Jaan_Tonisson_(Lasteleht), lk 85
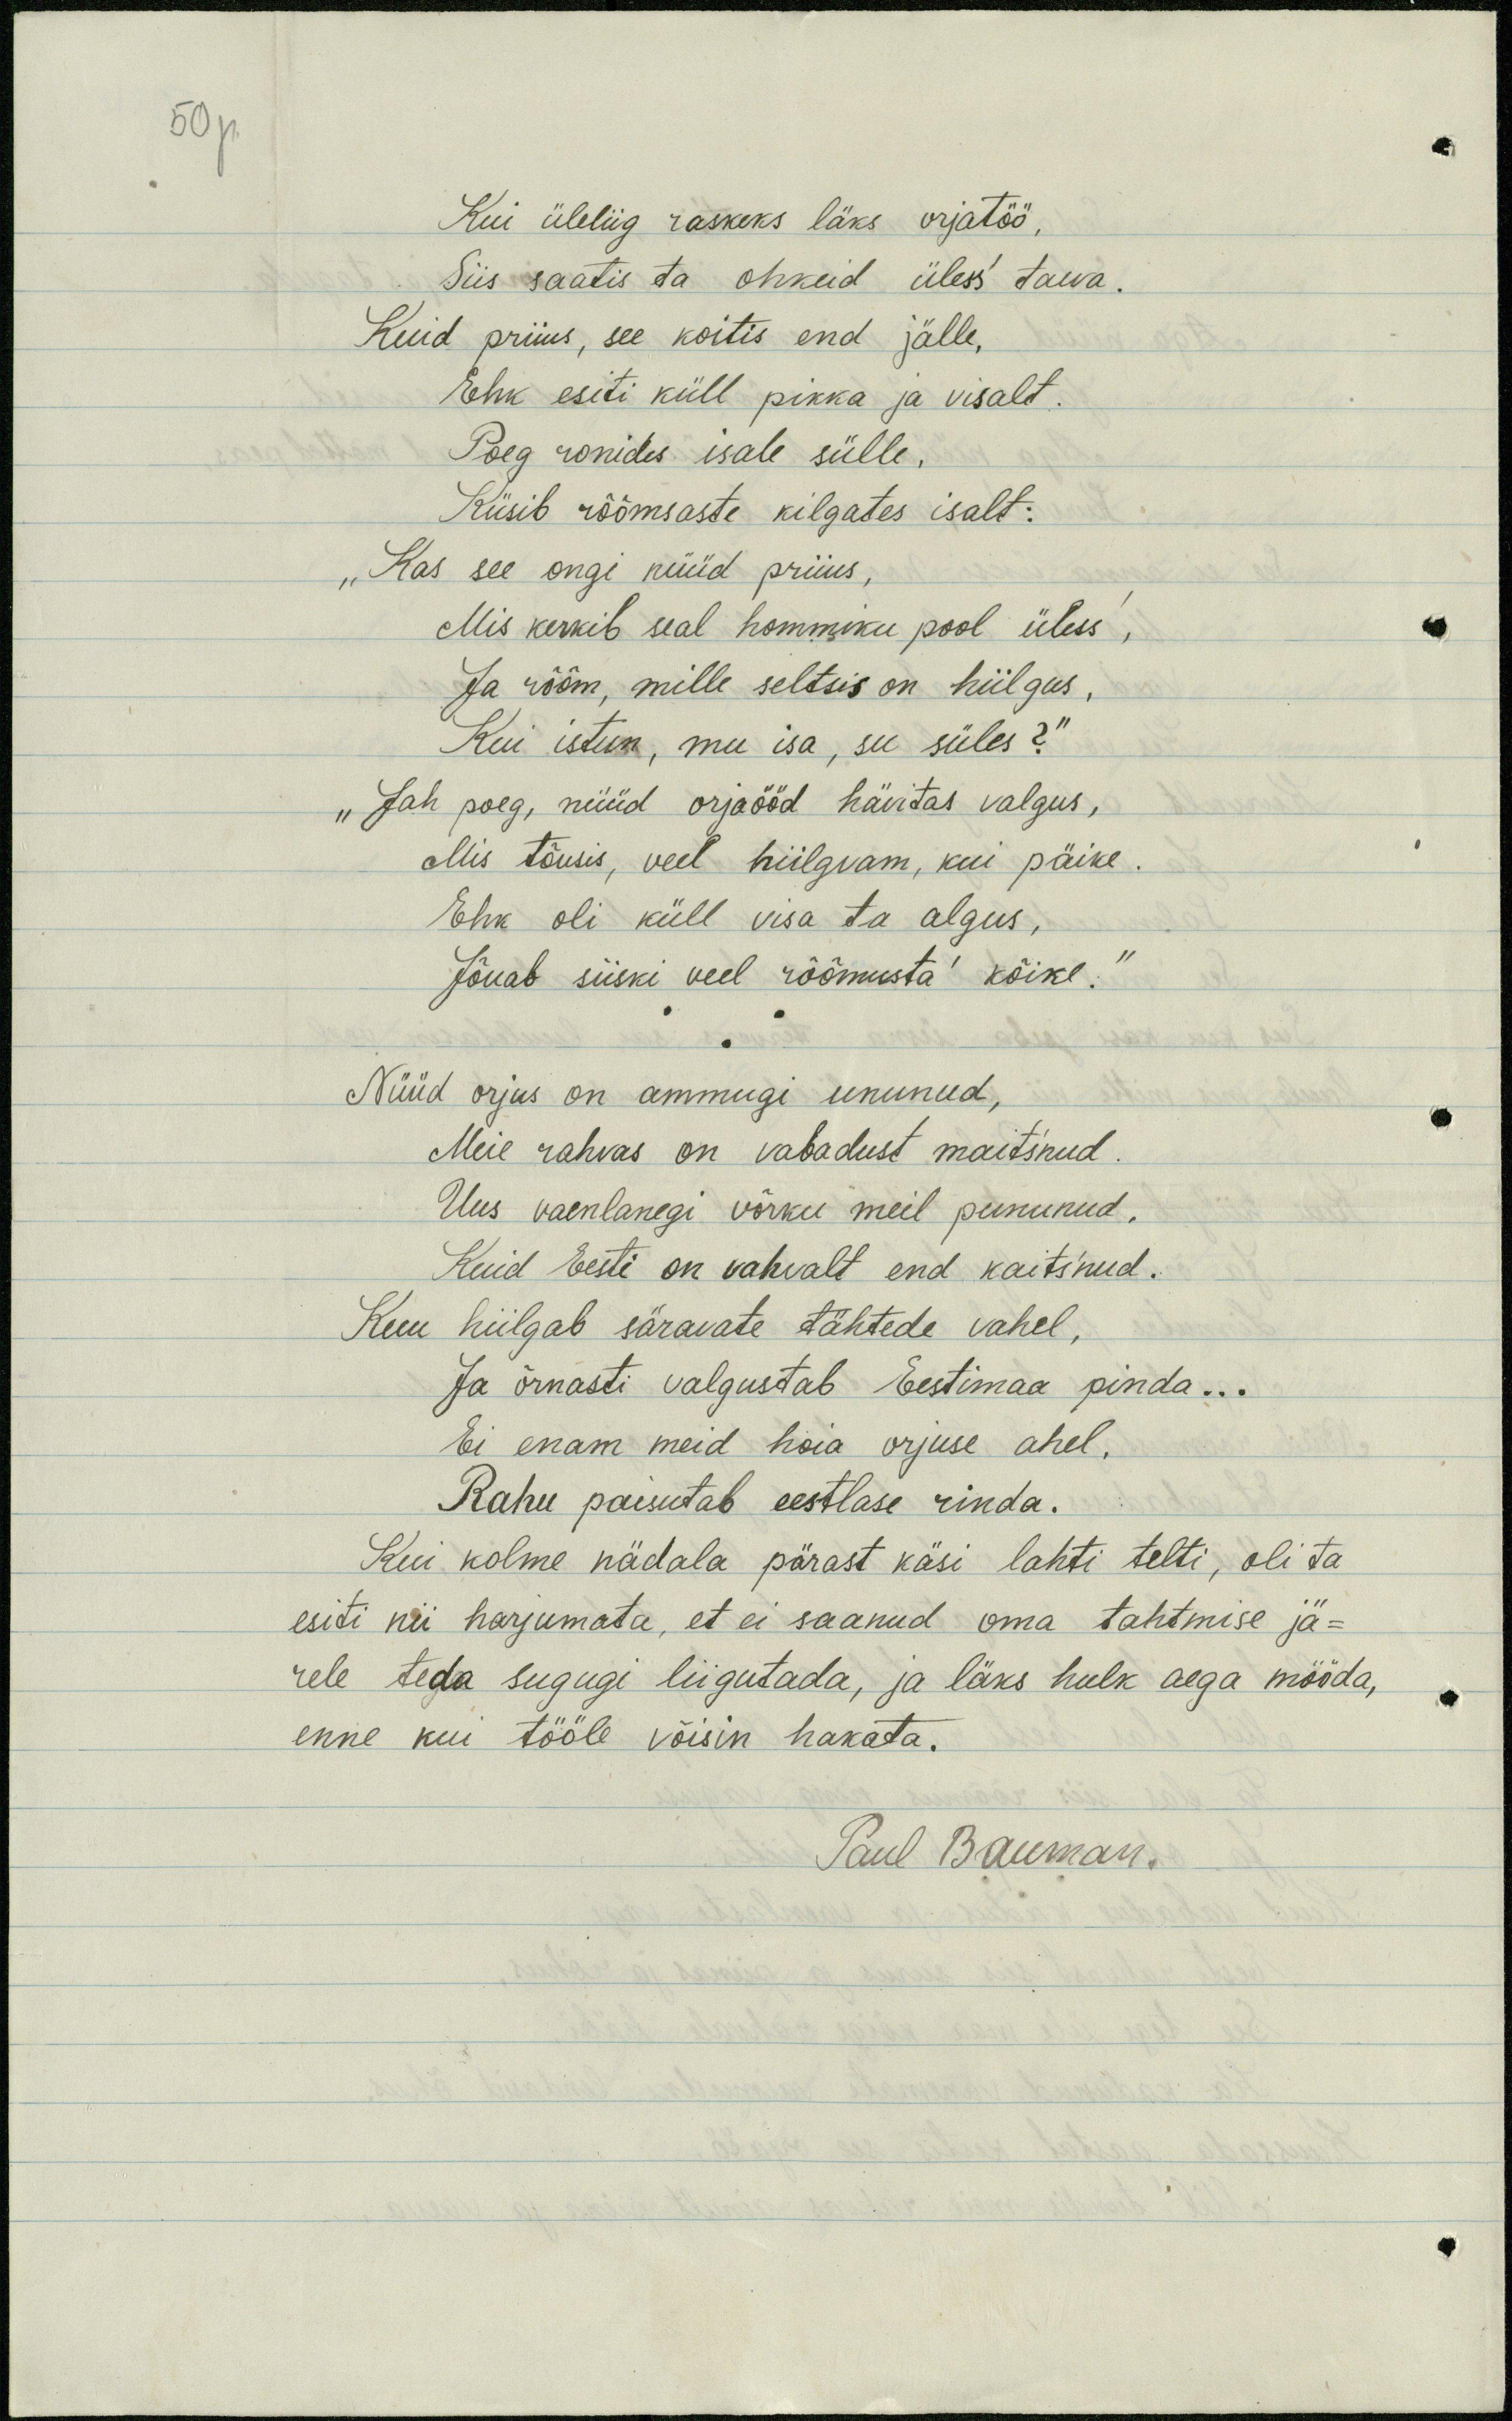
50p.
Kui üleliig raskeks läks orjatöö,
Siis saatis ta ohkeid üless´ taeva.
Kuid priius, see koitis end jälle,
Ehk esiti küll pikka ja visalt.
Poeg ronides isale sülle.
Küsib rõõmsaste kilgates isalt:
„Kas see ongi nüüd priius,
Mis kerkib seal hommiku pool üless',
Ja rõõm, mille seltsis on hiilgus
Kui istun, mu isa, su süles?“
"Jah poeg, nüüd orjaööd hävitas valgus,
Mis tõusis, veel hiilgvam, kui päike.
Ehk oli küll visa ta algus,
Jõuab siiski veel rõõmusta´ kõike.
Nüüd orjus on ammugi ununud,
Meie rahvas on vabadust maitsnud.
Uus vaenlanegi võrku meil pununud.
Kuid Eesti on vahvalt end kaitsnud.
Kuu hiilgab säravate tähtede vahel,
Ja õrnasti valgustab Eestimaa pinda...
Ei enam meid hoia orjuse ahel,
Rahu paisutab eestlase rinda.
Kui kolme nädala pärast käsi lahti tehti, oli ta
esiti nii harjumata, et ei saanud oma tahtmise jä-
rele teda sugugi liigutada, ja läks hulk aega mööda,
enne kui tööle võisin hakata.
Paul Bauman.